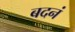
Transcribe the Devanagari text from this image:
बदनं